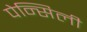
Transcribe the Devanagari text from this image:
पेन्सिली